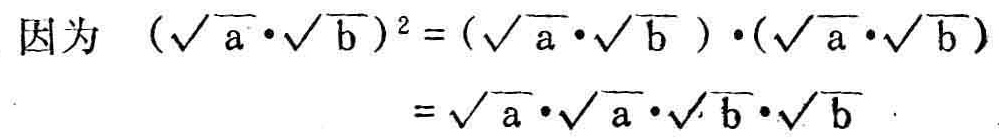
因为 \((\sqrt{a}\cdot\sqrt{b})^2 = (\sqrt{a}\cdot\sqrt{b})\cdot(\sqrt{a}\cdot\sqrt{b})\)
\(=\sqrt{a}\cdot\sqrt{a}\cdot\sqrt{b}\cdot\sqrt{b}\)